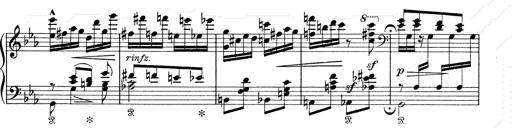
Title: 6 Polish Songs
Composer: Franz Liszt